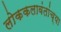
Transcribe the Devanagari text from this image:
लोककलावंतांच्या